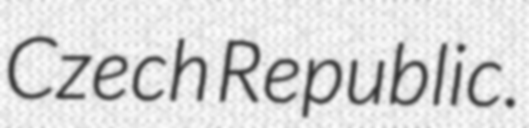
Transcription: Czech Republic.